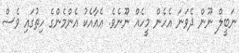
ނަބީލް ނޫން ދެވަނަ އެހެން މީހެއް ނޫނެވެ. އެއާއެކު އެންމެންގެ ހިތުގައި ވެސް